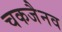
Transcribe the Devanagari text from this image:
चकजैनव